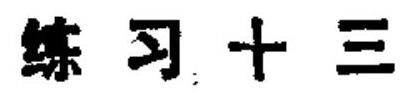
练习十三